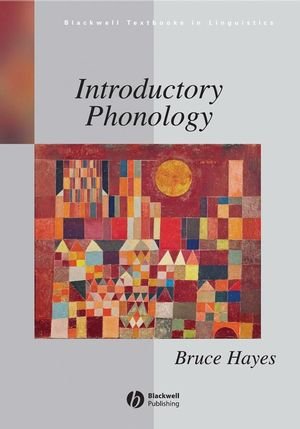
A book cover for Introductory Phonology; Bruce Hayes; Reference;